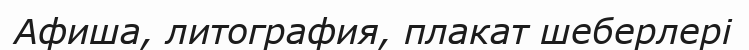
Афиша, литография, плакат шеберлері